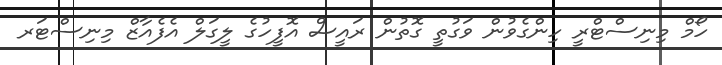
ހޯމް މިނިސްޓްރީ ހިންގެވުން ވަގުތީ ގޮތުން ރައީސް އޮފީހުގެ ލީގަލް އެފެއާޒް މިނިސްޓަރ